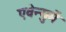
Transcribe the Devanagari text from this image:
एवेन्युमें